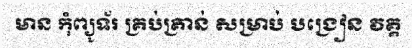
មាន កុំព្យូទ័រ គ្រប់គ្រាន់ សម្រាប់ បង្រៀន វគ្គ